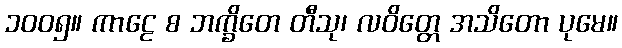
၁၀၀၅။ ကာဠေ စ ဘက္ခိတေ တီသု၊ လဝိတ္တေ အသိတော ပုမေ။